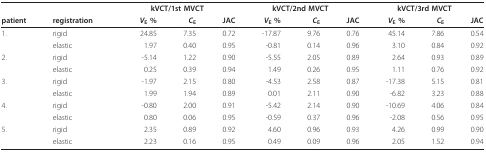
<table><thead><tr><td></td><td></td><td colspan="3"><b>kVCT/1st MVCT</b></td><td colspan="3"><b>kVCT/2nd MVCT</b></td><td colspan="3"><b>kVCT/3rd MVCT</b></td></tr><tr><td><b>patient</b></td><td><b>registration</b></td><td><b><i>V</i><sub>E </sub>%</b></td><td><b><i>C</i><sub>E</sub></b></td><td><b>JAC</b></td><td><b><i>V</i><sub>E </sub>%</b></td><td><b><i>C</i><sub>E</sub></b></td><td><b>JAC</b></td><td><b><i>V</i><sub>E </sub>%</b></td><td><b><i>C</i><sub>E</sub></b></td><td><b>JAC</b></td></tr></thead><tbody><tr><td>1.</td><td>rigid</td><td>24.85</td><td>7.35</td><td>0.72</td><td>-17.87</td><td>9.76</td><td>0.76</td><td>45.14</td><td>7.86</td><td>0.54</td></tr><tr><td></td><td>elastic</td><td>1.97</td><td>0.40</td><td>0.95</td><td>-0.81</td><td>0.14</td><td>0.96</td><td>3.10</td><td>0.84</td><td>0.92</td></tr><tr><td>2.</td><td>rigid</td><td>-5.14</td><td>1.22</td><td>0.90</td><td>-5.55</td><td>2.05</td><td>0.89</td><td>2.64</td><td>0.93</td><td>0.89</td></tr><tr><td></td><td>elastic</td><td>0.25</td><td>0.39</td><td>0.94</td><td>1.49</td><td>0.26</td><td>0.95</td><td>1.11</td><td>0.76</td><td>0.92</td></tr><tr><td>3.</td><td>rigid</td><td>-1.97</td><td>2.15</td><td>0.80</td><td>-4.53</td><td>2.58</td><td>0.87</td><td>-17.38</td><td>5.15</td><td>0.81</td></tr><tr><td></td><td>elastic</td><td>1.99</td><td>1.94</td><td>0.89</td><td>0.01</td><td>2.11</td><td>0.90</td><td>-6.82</td><td>3.23</td><td>0.88</td></tr><tr><td>4.</td><td>rigid</td><td>-0.80</td><td>2.00</td><td>0.91</td><td>-5.42</td><td>2.14</td><td>0.90</td><td>-10.69</td><td>4.06</td><td>0.84</td></tr><tr><td></td><td>elastic</td><td>0.80</td><td>0.06</td><td>0.95</td><td>-0.59</td><td>0.37</td><td>0.96</td><td>-2.08</td><td>0.56</td><td>0.95</td></tr><tr><td>5.</td><td>rigid</td><td>2.35</td><td>0.89</td><td>0.92</td><td>4.60</td><td>0.96</td><td>0.93</td><td>4.26</td><td>0.99</td><td>0.90</td></tr><tr><td></td><td>elastic</td><td>2.23</td><td>0.16</td><td>0.95</td><td>0.49</td><td>0.09</td><td>0.96</td><td>2.05</td><td>1.52</td><td>0.94</td></tr></tbody></table>